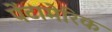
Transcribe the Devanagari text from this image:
पेंटामेरिक